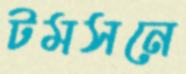
টমসনে